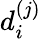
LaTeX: d_{i}^{(j)}